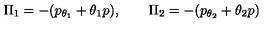
\Pi _ { 1 } = - ( p _ { \theta _ { 1 } } + \theta _ { 1 } p ) , \qquad \Pi _ { 2 } = - ( p _ { \theta _ { 2 } } + \theta _ { 2 } p )